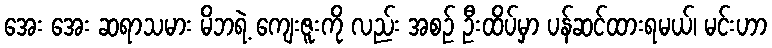
အေး အေး ဆရာသမား မိဘရဲ့ ကျေးဇူးကို လည်း အစဉ် ဦးထိပ်မှာ ပန်ဆင်ထားရမယ်၊ မင်းဟာ